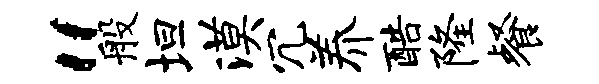
“般坦漠冗养酷隆餐